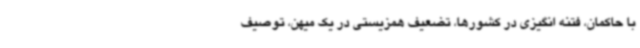
با حاکمان، فتنه انگیزی در کشورها، تضعیف همزیستی در یک میهن، توصیف